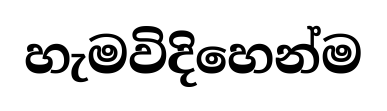
හැමවිදිහෙන්ම